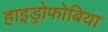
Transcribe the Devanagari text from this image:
हाइड्रोफोबिया